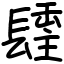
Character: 𨲢